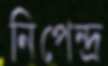
নিপেন্দ্র